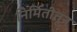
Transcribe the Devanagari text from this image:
निर्मितीतून